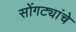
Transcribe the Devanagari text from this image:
सोंगट्यांचे